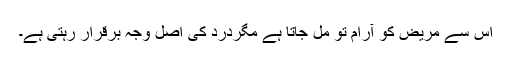
اس سے مریض کو آرام تو مل جاتا ہے مگردرد کی اصل وجہ برقرار رہتی ہے۔